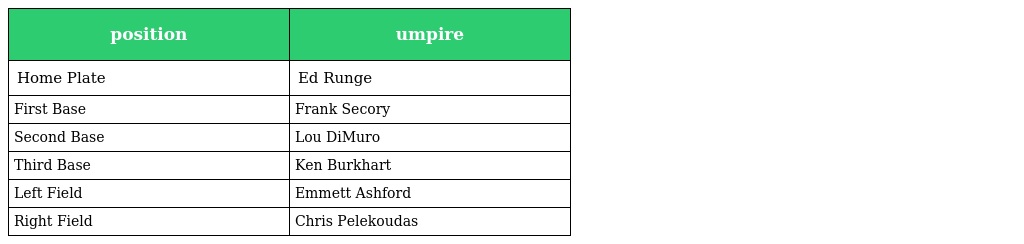
| position | umpire |
 | --- | --- |
 | Home Plate | Ed Runge |
 | First Base | Frank Secory |
 | Second Base | Lou DiMuro |
 | Third Base | Ken Burkhart |
 | Left Field | Emmett Ashford |
 | Right Field | Chris Pelekoudas |